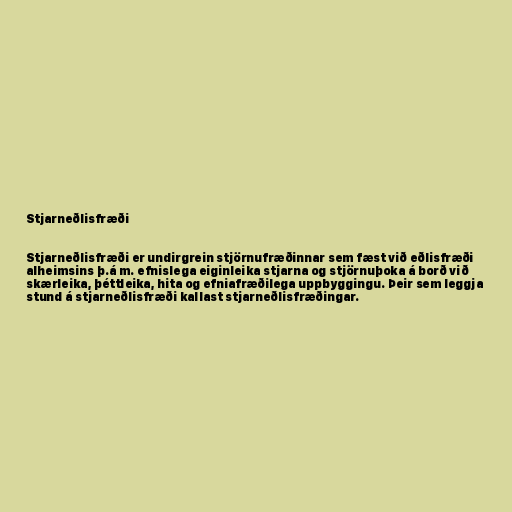
Stjarneðlisfræði

Stjarneðlisfræði er undirgrein stjörnufræðinnar sem fæst við eðlisfræði
alheimsins þ.á m. efnislega eiginleika stjarna og stjörnuþoka á borð við
skærleika, þéttleika, hita og efniafræðilega uppbyggingu. Þeir sem leggja
stund á stjarneðlisfræði kallast stjarneðlisfræðingar.